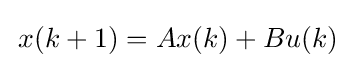
\,x(k+1)=Ax(k)+Bu(k)